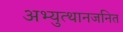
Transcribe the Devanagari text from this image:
अभ्युत्थानजनित